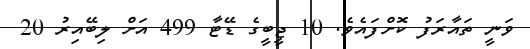
ވަނީ ތައާރަފު ކޮށްފައެވެ. 10 ޖީބީގެ ޑޭޓާ 499 އަށް ލިބޭއިރު 20